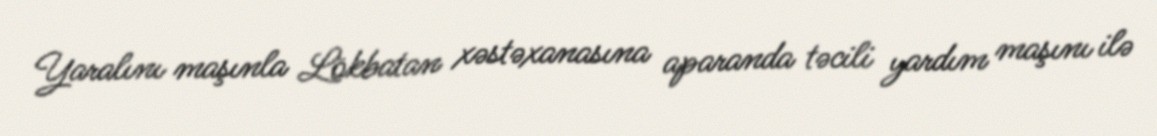
Yaralını maşınla Lökbatan xəstəxanasına aparanda təcili yardım maşını ilə